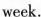
week.